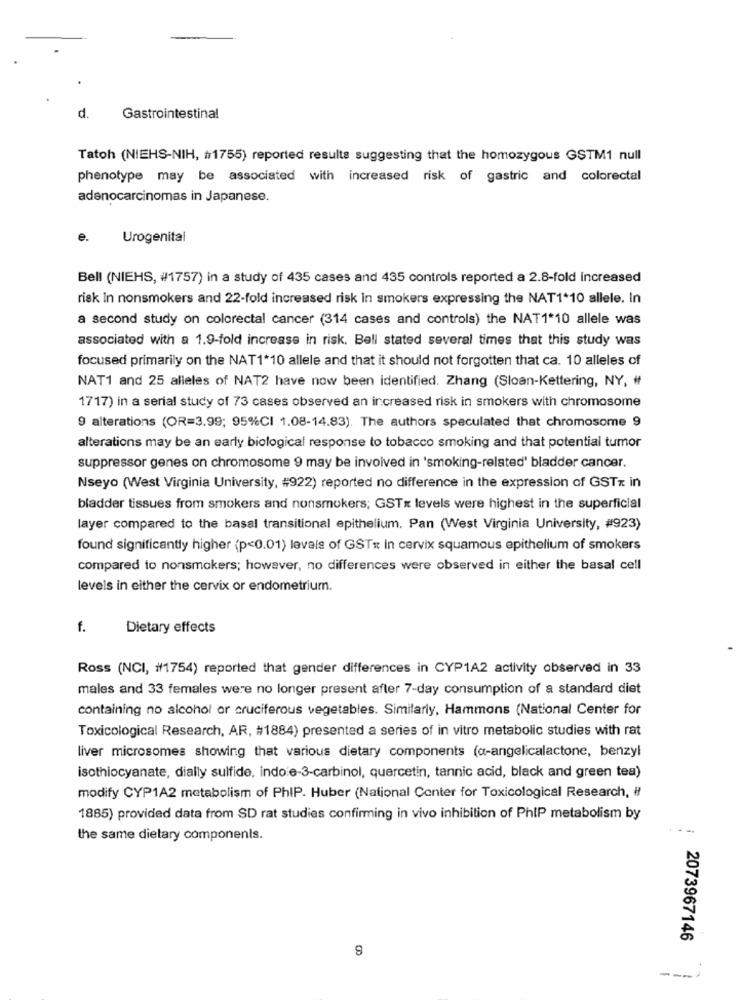
d.
Gastrointestinal
Tatoh (NIEHS-NIH, #1755) reported results suggesting that the homozygous GSTM1 null
phenotype may be associated with increased risk of gastric and colorectal
adenocarcinomas in Japanese.
e.
Urogenital
Bell (NIEHS, #1757) in a study of 435 cases and 435 controls reported a 2.8-fold increased
risk In nonsmokers and 22-fold increased risk in smokers expressing the NAT1*10 allele. In
a second study on colorectal cancer (314 cases and controls) the NAT1*10 allele was
associated with a 1.9-fold increase in risk. Bell stated several times that this study was
focused primarily on the NAT1*10 allele and that it should not forgotten that ca. 10 alleles of
NAT1 and 25 alleles of NAT2 have now been identified. Zhang (Sloan-Kettering, NY, #
1717) in a serial study of 73 cases observed an increased risk in smokers with chromosome
9 alterations (OR=3.99; 95%CI 1.08-14.83). The authors speculated that chromosome 9
alterations may be an early biological response to tobacco smoking and that potential tumor
suppressor genes on chromosome 9 may be involved in 'smoking-related' bladder cancer.
Nseyo (West Virginia University, #922) reported no difference in the expression of GSTx in
bladder tissues from smokers and nonsmokers; GSTx levels were highest in the superficial
layer compared to the basal transitional epithelium. Pan (West Virginia University, #923)
found significantly higher (p<0.01) levels of GSTE in cervix squamous epithelium of smokers
compared to nonsmokers; however, no differences were observed in either the basal cell
levels in either the cervix or endometrium.
f.
Dietary effects
Ross (NCI, #1754) reported that gender differences in CYP1A2 activity observed in 33
males and 33 females were no longer present after 7-day consumption of a standard diet
containing no alcohol or cruciferous vegetables. Similarly, Hammons (National Center for
Toxicological Research, AR, #1884) presented a series of in vitro metabolic studies with rat
liver microsomes showing that various dietary components (a-angelicalactone, benzyl
isothiocyanate, dially sulfide, indo e-3-carbinol, quercetin, tannic acid, black and green tea)
modify CYP1A2 metabolism of PhIP. Huber (National Center for Toxicological Research, #
1885) provided data from SD rat studies confirming in vivo inhibition of PhIP metabolism by
--
the same dietary components.
2073967146
9
---